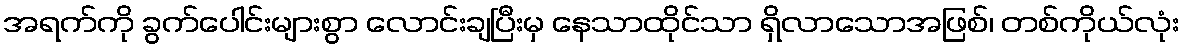
အရက်ကို ခွက်ပေါင်းများစွာ လောင်းချပြီးမှ နေသာထိုင်သာ ရှိလာသောအဖြစ်၊ တစ်ကိုယ်လုံး